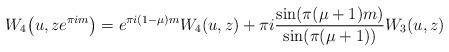
LaTeX: \begin{align*}W_4\big(u,ze^{\pi im}\big)=e^{\pi i (1-\mu)m} W_4(u,z)+\pi i\frac{\sin(\pi(\mu+1)m)}{\sin(\pi(\mu+1))} W_3(u,z)\end{align*}